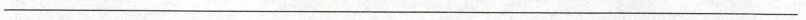
___